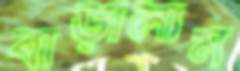
বাড়ালাম